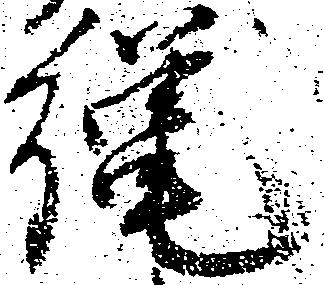
縄